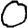
Digit: 0